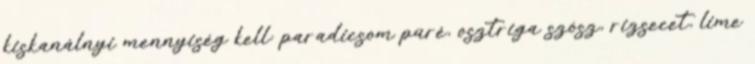
kiskanálnyi mennyiség kell: paradicsom püré, osztriga szósz, rizsecet, lime